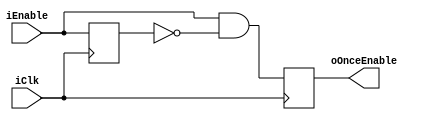
module Once 
  (
	input iClk,
	input iEnable,
  output oOnceEnable,
  );

  reg curr=0;

  always @(posedge iClk)
  begin
      curr <= iEnable;
      oOnceEnable <= iEnable & !curr;
  end

endmodule